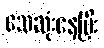
သေဆုံးနေပြီး